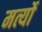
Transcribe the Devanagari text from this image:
मर्त्यो